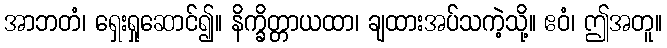
အာဘတံ၊ ရှေးရှုဆောင်၍။ နိက္ခိတ္တာယထာ၊ ချထားအပ်သကဲ့သို့။ ဧဝံ၊ ဤအတူ။